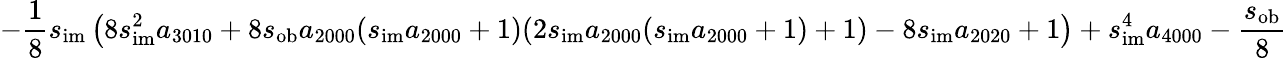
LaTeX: -\frac{1}{8}s_{\mathrm{im}}\left(8s_{\mathrm{im}}^{2}a_{3010}+8s_{\mathrm{ob}}a_{2000}(s_{\mathrm{im}}a_{2000}+1)(2s_{\mathrm{im}}a_{2000}(s_{\mathrm{im}}a_{2000}+1)+1)-8s_{\mathrm{im}}a_{2020}+1\right)+s_{\mathrm{im}}^{4}a_{4000}-\frac{s_{\mathrm{ob}}}{8}